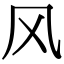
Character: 风